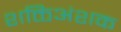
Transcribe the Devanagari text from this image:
शक्तिअंशक